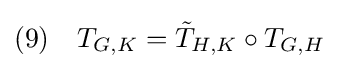
(9)\quad T_{G,K}={\tilde {T}}_{H,K}\circ T_{G,H}